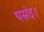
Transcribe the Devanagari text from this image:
पसंद।